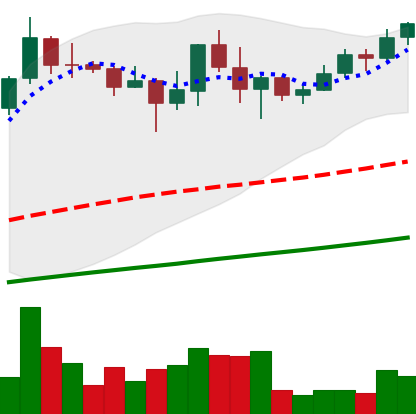
Ticker: BNB-USD
Chart end date: 2021-04-30
Forward return: 4.42%
Label: up_3_5